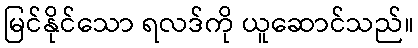
မြင်နိုင်သော ရလဒ်ကို ယူဆောင်သည်။